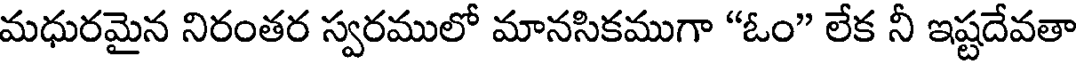
మధురమైన నిరంతర స్వరములో మానసికముగా "ఓం" లేక నీ ఇష్టదేవతా